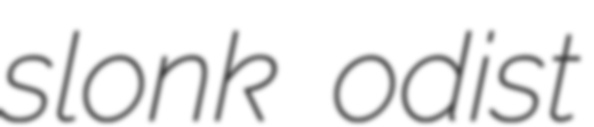
slonk odist